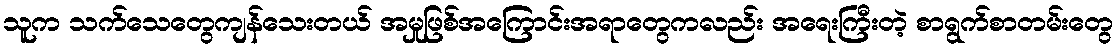
သူက သက်သေတွေကျန်သေးတယ် အမှုဖြစ်အကြောင်းအရာတွေကလည်း အရေးကြီးတဲ့ စာရွက်စာတမ်းတွေ